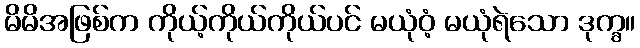
မိမိအဖြစ်က ကိုယ့်ကိုယ်ကိုယ်ပင် မယုံဝံ့ မယုံရဲသော ဒုက္ခ။